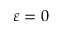
\varepsilon = 0